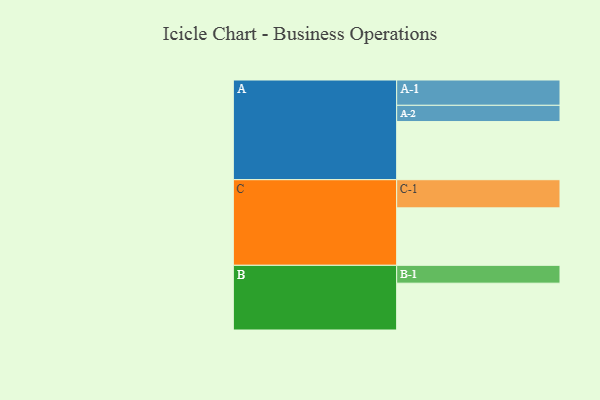
{"axis": {"x": "Segment", "y": "Value"}, "legend": ["", "A", "B", "C"], "data": [{"x": "A", "y": 508, "type": ""}, {"x": "B", "y": 409, "type": ""}, {"x": "C", "y": 502, "type": ""}, {"x": "A-1", "y": 221, "type": "A"}, {"x": "A-2", "y": 142, "type": "A"}, {"x": "B-1", "y": 156, "type": "B"}, {"x": "C-1", "y": 246, "type": "C"}]}